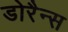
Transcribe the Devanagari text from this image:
डोरैन्स